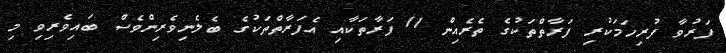
ފަރުވާ ފުރިހަމަކުރި ފަރާތްތަކުގެ ތެރެއިން 11 ފަރާތަކާއި އެފަރާތްތަކުގެ ބެލެނިވެރިންވެސް ބައިވެރިވި މި